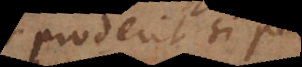
proderit si